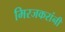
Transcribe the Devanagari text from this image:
मिरजकरांनी